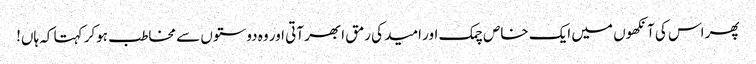
پھر اس کی آنکھوں میں ایک خاص چمک اور امید کی رمق ابھر آتی اور وہ دوستوں سے مخاطب ہوکر کہتا کہ ہاں!